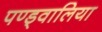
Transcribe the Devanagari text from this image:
पण्ड्वालिया